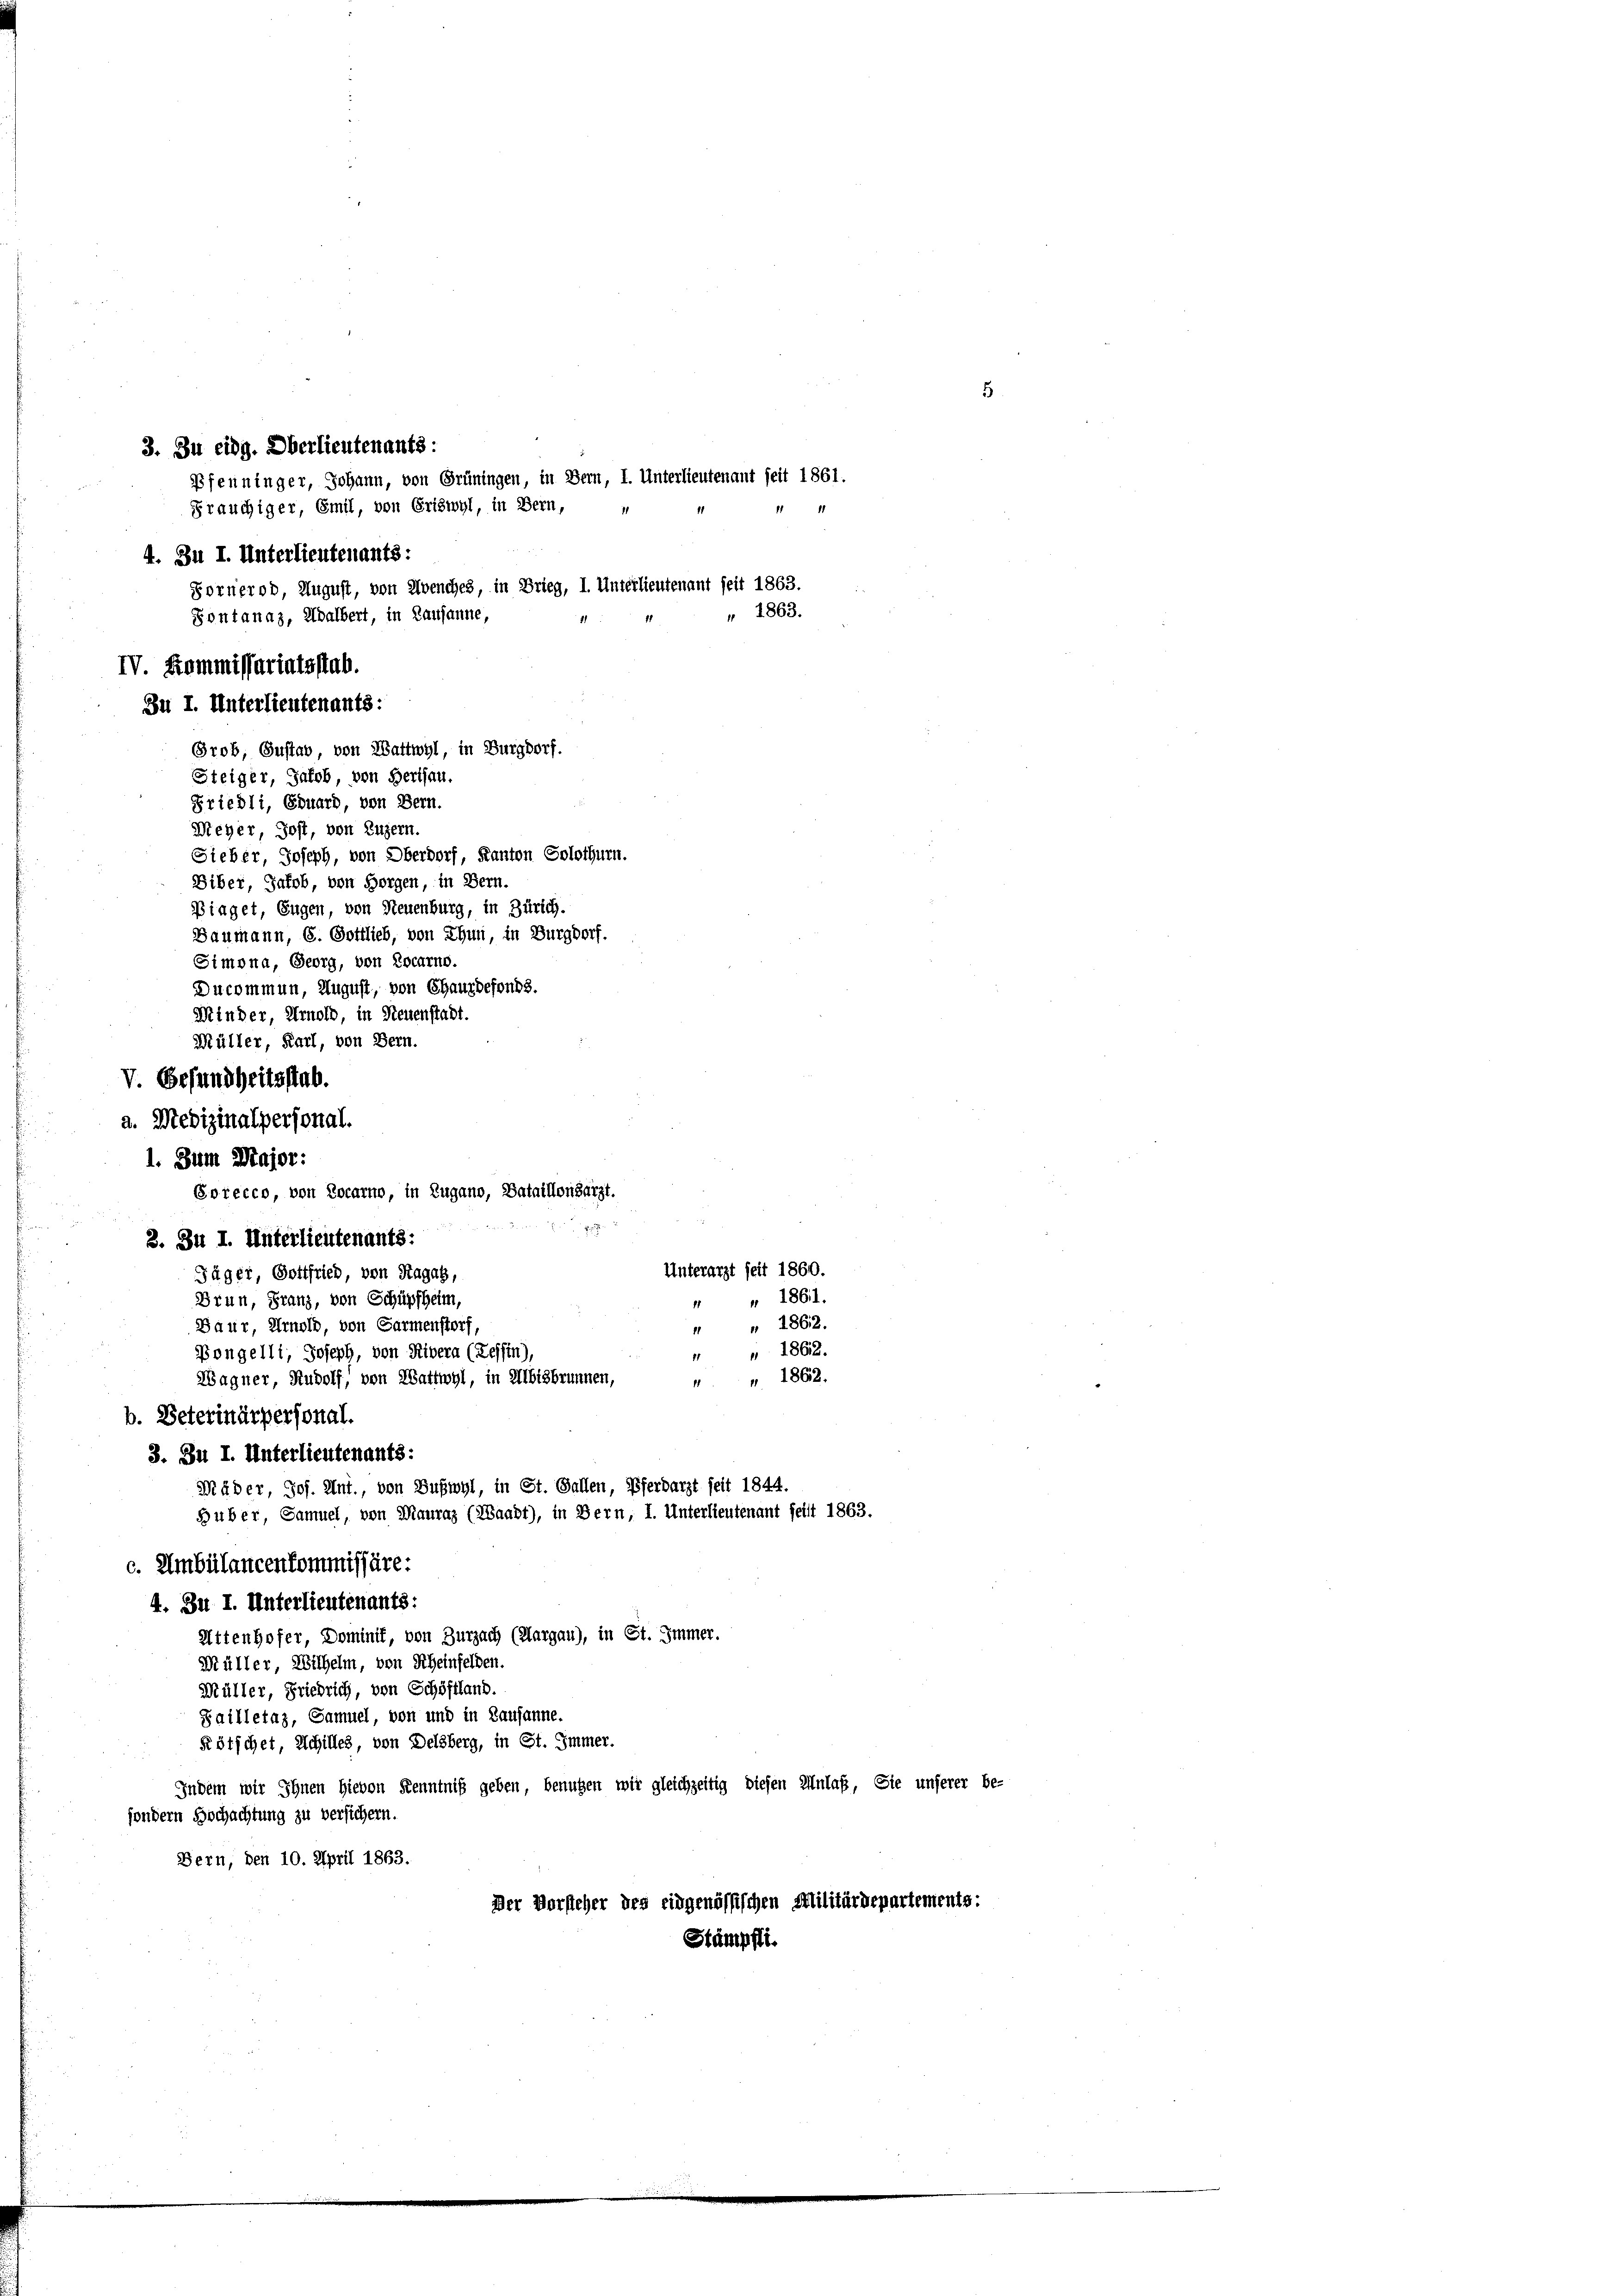
3. Zu eidg. Oberlieutenants:
Pfenninger, Johann, von Grüningen, in Bern, I. Unterlieutenant seit 1861.
Gräuchiger, Emil, von Griswyl, in Bern,
4. Zu I. Unterlieutenants:
Fornerod, August, von Avenches, in Brieg, I. Unterlieutenant seit 1863.
Kontanaz, Adalbert, in Lausanne,
IV. Kommissariatsstab.

" 1863.
Grob, Gustab, von Wattwyl, in Burgdorf.
Friedli, Eduard, von Bern.
Sieber, Joseph, von Oberdorf, Kanton Solothurn.

Zu I. Unterlieutenants:
Steiger, Jakob, von Berthan.

2.

Meyer, Jost, von Luzern.
Biber, Jakob, von Horgen, in Bern.
Piaget, Eugen, von Neuenburg, in Zürich.
Baumann, 6. Gottlieb, von Thun, in Burgdorf.
Simona, Georg, von Locarno.
Ducommen, August, von Chauxdefonds.
Minder, Arnold, in Neuenstadt.
Müller, Karl, von Bern.
V. Gesundheitsstab.
a. Medizinalpersonal.
1. Zum Major:
Porecco, von Locarno, in Zugano, Bataillonsarzt.

3. Zu I. Unterlieutenants:
Unterarzt seit 1860.
Jäger, Gottfried, von Ragag,
4 " 1861.
Brun, Franz, von Schüpfheim,
Baur, Arnold, von Garmenstorf,
" " 1862.
Bongelli, Joseph, von Rivera (Reffin),
" " 1862.
Wagner, Rudolf, von Wattwyl, in Albisbrunnen,
44 1862.
b. Veterinärpersonal.
3. Zu I. Unterlieutenants:
Mäder, Jos. Unt., von Bußwyl, in St. Gallen, Pferdarzt seit 1844.
Huber, Samuel, von Mauraz (Waadt), in Bern, I. Unterlieutenant feist 1863.
c. Umbülancenkommissäre:
4. Bn I. Unterlieutenants:
Attenhofer, Dominit, von Zurzach (Aargau), in St. Immer.
Müller, Wilhelm, von Scheinfelden.
Müller, Friedrich, von Schöffland.
Failletaz, Samuel, von und in Lausanne.
Rötschet, Schilles, von Delsberg, in St. Immer.
Indem wir Ihnen hievon Kenntniß geben, benutzen wir gleichzeitig diesen Anlaß, Sie unserer be-
sondern Hochachtung zu versichern.
Bern, den 10. April 1863.
Der Vorsteher des eidgenössischen Militärdepartements:
Stämpfli